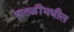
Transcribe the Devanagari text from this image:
पातळींमधील